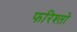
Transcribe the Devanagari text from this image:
फरिश्तो